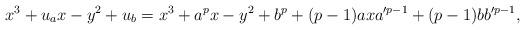
LaTeX: \begin{align*} x^3+u_ax-y^2+u_b=x^3+a^px-y^2+b^p+(p-1)axa'^{p-1}+(p-1)bb'^{p-1}, \end{align*}